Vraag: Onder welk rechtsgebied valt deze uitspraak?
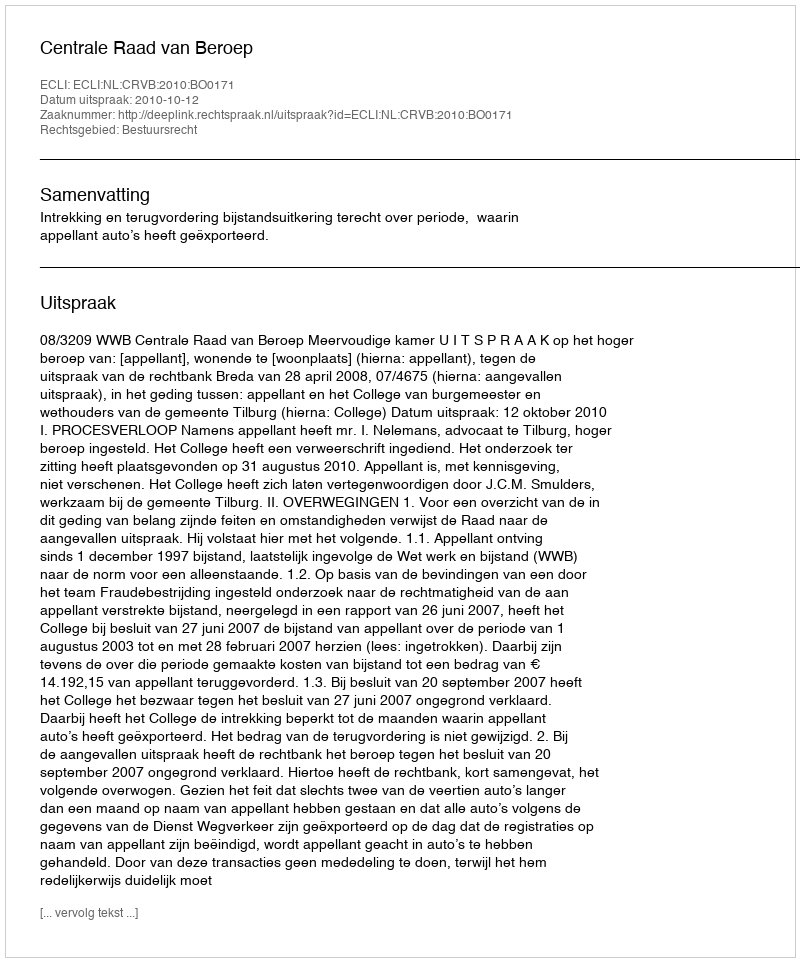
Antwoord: Bestuursrecht